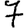
Digit: 7